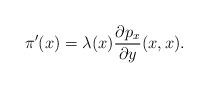
LaTeX: \begin{align*} \pi'(x) = \lambda(x) \frac{\partial p_x}{\partial y}(x,x).\end{align*}